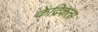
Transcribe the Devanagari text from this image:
केंद्रिकता